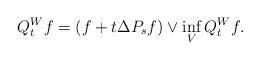
LaTeX: \begin{align*}Q_t^W f = (f + t \Delta P_s f) \vee \inf_V Q_t^W f.\end{align*}